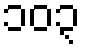
၁၀၃